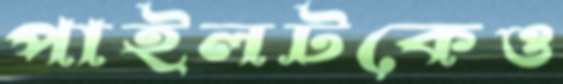
পাইলটকেও